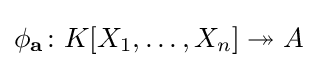
\phi _{\bf {a}}\colon K[X_{1},\dots ,X_{n}]\twoheadrightarrow A